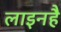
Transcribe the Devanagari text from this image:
लाइनहै